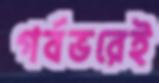
গর্বভরেই